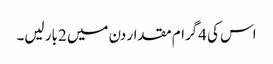
اس کی 4گرام مقدار دن میں 2بار لیں۔